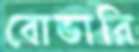
বোভারি